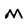
Character: M